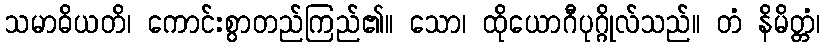
သမာဓိယတိ၊ ကောင်းစွာတည်ကြည်၏။ သော၊ ထိုယောဂီပုဂ္ဂိုလ်သည်။ တံ နိမိတ္တံ၊